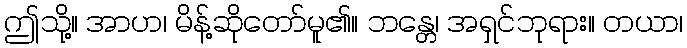
ဤသို့။ အာဟ၊ မိန့်ဆိုတော်မူ၏။ ဘန္တေ၊ အရှင်ဘုရား။ တယာ၊